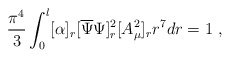
\begin{align*}\frac{\pi^4}{3}\int_{0}^l[\alpha]_r[\overline{\Psi}\Psi]^2_r [A^2_{\mu}]_rr^7dr = 1~, \end{align*}